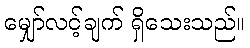
မျှော်လင့်ချက် ရှိသေးသည်။